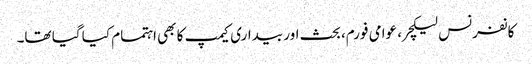
کانفرنس لیکچر، عوامی فورم، بحث اور بیداری کیمپ کا بھی اہتمام کیا گیا تھا۔